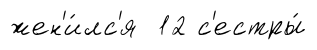
жен'и́лс'я 12 с'естры́